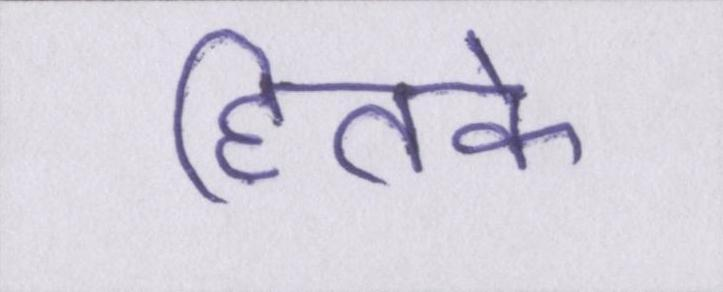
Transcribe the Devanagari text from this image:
हितके